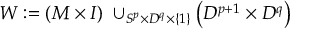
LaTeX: W : = ( M \times I ) \; \cup _ { S ^ { p } \times D ^ { q } \times \{ 1 \} } \left( D ^ { p + 1 } \times D ^ { q } \right)